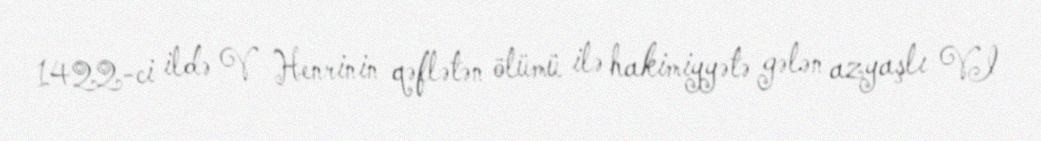
1422-ci ildə V Henrinin qəflətən ölümü ilə hakimiyyətə gələn azyaşlı VI